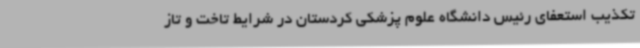
تکذیب استعفای رئیس دانشگاه علوم پزشکی کردستان در شرایط تاخت و تاز